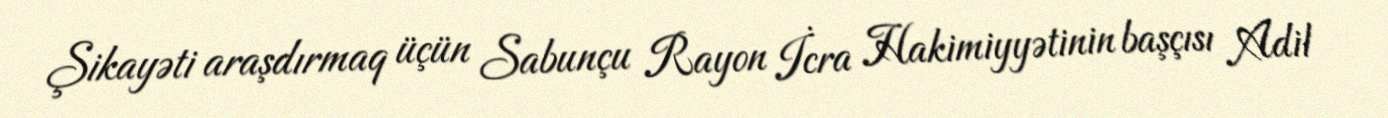
Şikayəti araşdırmaq üçün Sabunçu Rayon İcra Hakimiyyətinin başçısı Adil